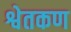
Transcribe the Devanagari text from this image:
श्वेतकण